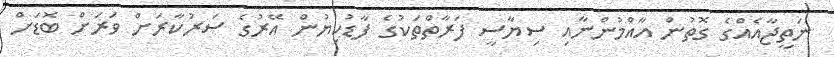
ނަތީޖާއެއްގެ ގޮތުން އާއްމުންނާއި ސިޔާސީ ފަރާތްތަކުގެ ފާޑުކިޔުން އޭރުގެ ސަރުކާރަށް ވަރަށް ބޮޑަށް